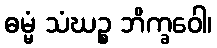
ဓမ္မံ သံဃဉ္စ ဘိက္ခဝေါ၊